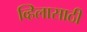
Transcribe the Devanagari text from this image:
व्हिलासाठी